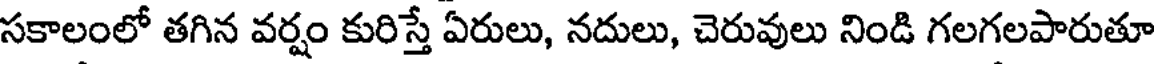
సకాలంలో తగిన వర్షం కురిస్తే ఏరులు, నదులు, చెరువులు నిండి గలగలపారుతూ